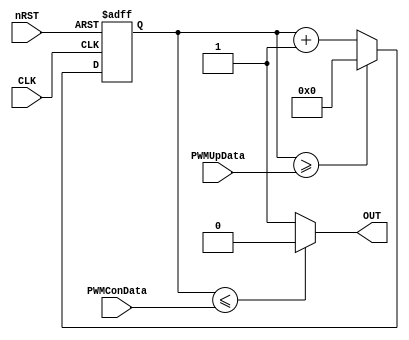
module PWM
#(
    parameter PWMWidth = 16
)
(
    input   wire                    CLK,
    input   wire                    nRST,
    
    output  wire                    OUT,
    input   wire    [PWMWidth-1:0]  PWMUpData,
    input   wire    [PWMWidth-1:0]  PWMConData

);

    reg     [PWMWidth-1:0]  PWMCount;

    always@( posedge CLK or negedge nRST ) begin
        if( !nRST )begin
            PWMCount    <=  0;
            end
        else if ( PWMCount >= PWMUpData )begin
            PWMCount    <=  0;
            end
        else begin
            PWMCount    <=  PWMCount + 1'b1;
            end
    end

    assign  OUT = ( PWMCount <= PWMConData ) ? 1'b0 : 1'b1;

endmodule